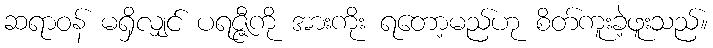
ဆရာဝန် မရှိလျှင် ပရဇ္ဇီကို အားကိုး ရတော့မည်ဟု စိတ်ကူးခဲ့ဖူးသည်။